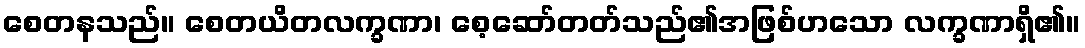
စေတနသည်။ စေတယိတလက္ခဏာ၊ စေ့ဆော်တတ်သည်၏အဖြစ်ဟသော လက္ခဏာရှိ၏။